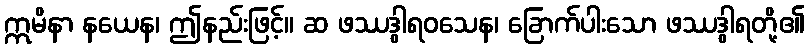
ဣမိနာ နယေန၊ ဤနည်းဖြင့်။ ဆ ဖဿဒွါရဝသေန၊ ခြောက်ပါးသော ဖဿဒွါရတို့၏